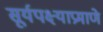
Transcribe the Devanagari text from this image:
सूर्यपक्ष्याप्रमाणे